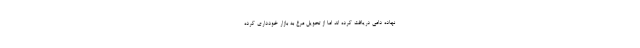
نهاده دامی دریافت کرده اند اما از تحویل مرغ به بازار خودداری کرده